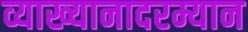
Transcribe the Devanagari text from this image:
व्याख्यानादरम्यान